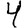
Digit: 4